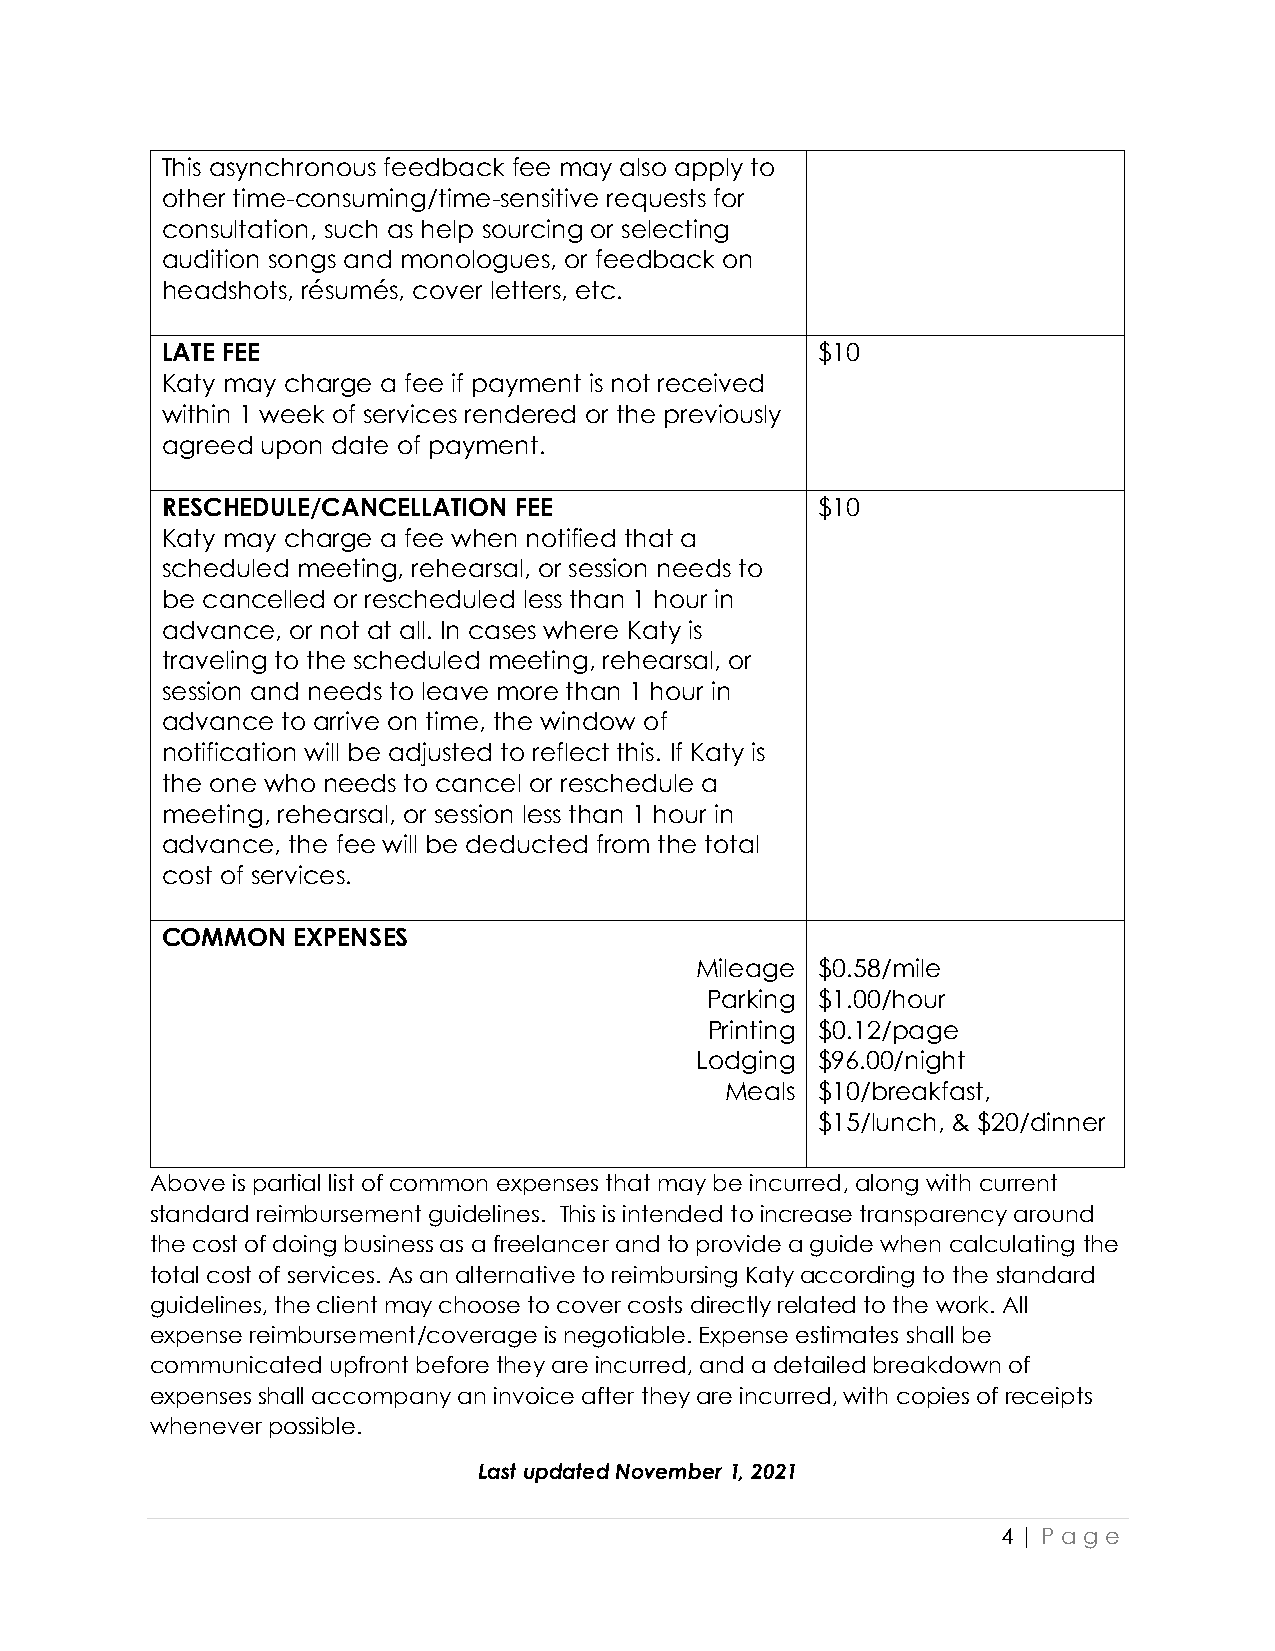
This asynchronous feedback fee may also apply to
 other time-consuming/time-sensitive requests for
 consultation, such as help sourcing or selecting
 audition songs and monologues, or feedback on
 headshots, résumés, cover letters, etc.
 LATE FEE                                   $10
 Katy may charge a fee if payment is not received
 within 1 week of services rendered or the previously
 agreed upon date of payment.
 RESCHEDULE/CANCELLATION FEE                $10
 Katy may charge a fee when notified that a
 scheduled meeting, rehearsal, or session needs to
 be cancelled or rescheduled less than 1 hour in
 advance, or not at all. In cases where Katy is
 traveling to the scheduled meeting, rehearsal, or
 session and needs to leave more than 1 hour in
 advance to arrive on time, the window of
 notification will be adjusted to reflect this. If Katy is
 the one who needs to cancel or reschedule a
 meeting, rehearsal, or session less than 1 hour in
 advance, the fee will be deducted from the total
 cost of services.
 COMMON  EXPENSES
 Mileage $0.58/mile
 Parking $1.00/hour
 Printing $0.12/page
 Lodging $96.00/night
 Meals $10/breakfast,
 $15/lunch, & $20/dinner
 Above is partial list of common expenses that may be incurred, along with current
 standard reimbursement guidelines. This is intended to increase transparency around
 the cost of doing business as a freelancer and to provide a guide when calculating the
 total cost of services. As an alternative to reimbursing Katy according to the standard
 guidelines, the client may choose to cover costs directly related to the work. All
 expense reimbursement/coverage is negotiable. Expense estimates shall be
 communicated upfront before they are incurred, and a detailed breakdown of
 expenses shall accompany an invoice after they are incurred, with copies of receipts
 whenever possible.
 Last updated November 1, 2021
 4 | Pa g e